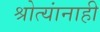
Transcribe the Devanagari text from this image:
श्रोत्यांनाही